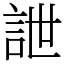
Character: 詍